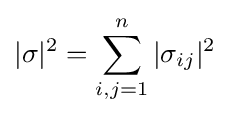
|\sigma |^{2}=\sum _{i,j=1}^{n}|\sigma _{ij}|^{2}